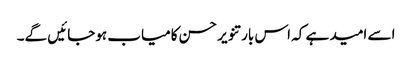
اسے امید ہے کہ اس بار تنویر حسن کامیاب ہوجائیں گے۔